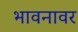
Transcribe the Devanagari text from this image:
भावनावर